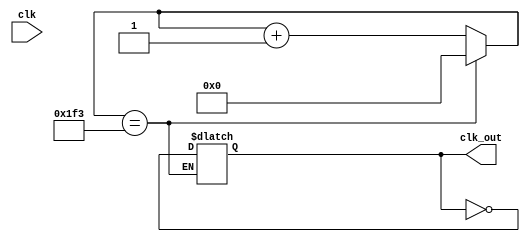

module freqDiv_1000(clk, clk_out);
   input     clk;
   output    clk_out;
   
   reg [8:0] tmp;
   reg       clktmp;
   
   always @(  clk)
      
      begin
         if (tmp == 499)
		 // 50%
         begin
            tmp <= 0;
            clktmp <= (~clktmp);
			// 
         end
         else
            tmp <= tmp + 1;
      end
   assign clk_out = clktmp;
   
endmodule